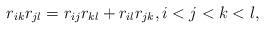
LaTeX: \begin{gather*}r_{ik} r_{jl}=r_{ij} r_{kl}+r_{il} r_{jk}, i < j < k < l,\end{gather*}